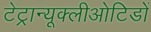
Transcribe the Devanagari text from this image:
टेट्रान्यूक्लीओटिडों